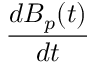
\frac { d B _ { p } ( t ) } { d t }